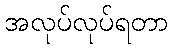
အလုပ်လုပ်ရတာ